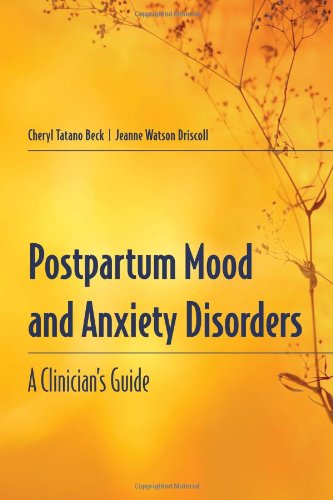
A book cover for Postpartum Mood And Anxiety Disorders: A Clinician's Guide; Cheryl Tatano Beck; Health, Fitness & Dieting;